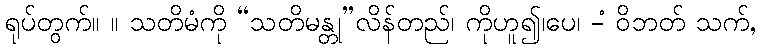
ရုပ်တွက်။ ။ သတိမံကို “သတိမန္တု”လိန်တည်၊ ကိုဟူ၍၊ပေ၊ -ံ ဝိဘတ် သက်,